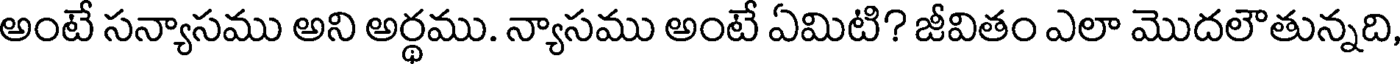
అంటే సన్యాసము అని అర్థము. న్యాసము అంటే ఏమిటి? జీవితం ఎలా మొదలౌతున్నది